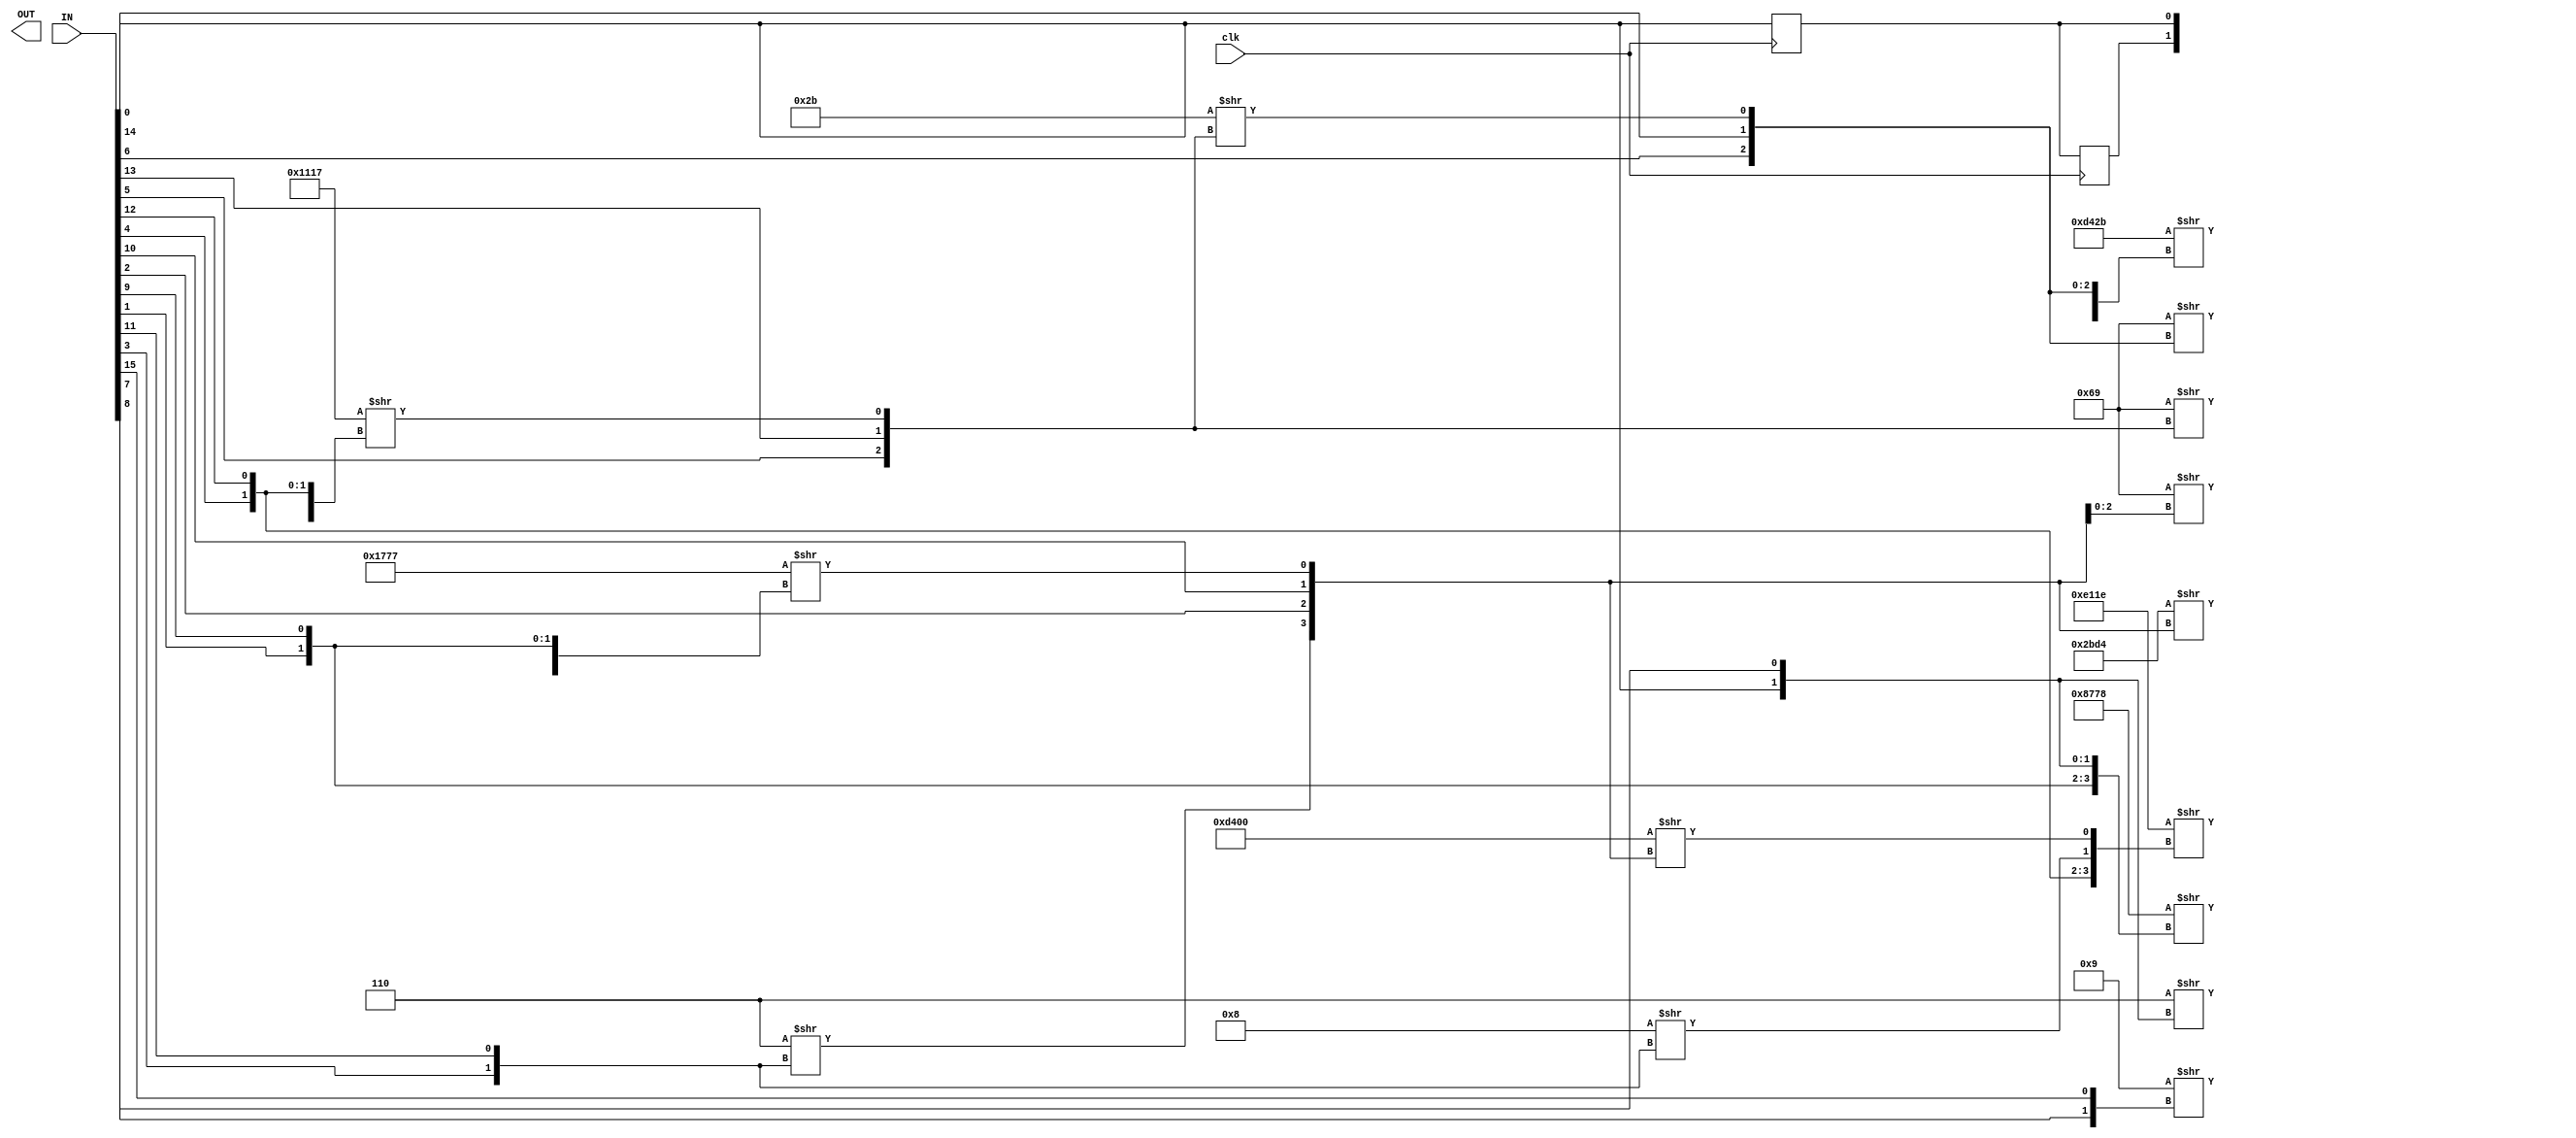
/* Generated by Yosys 0.33 (git sha1 2584903a0, clang 10.0.0-4ubuntu1 -fPIC -Os) */

(* top =  1  *)
(* src = "/soe/pmarlowe/Fabric-to-Silicon/fpga_cad_flow/example_designs/simple_fpga_add_test/inputs/add.v:1.1-29.10" *)
module add(IN, OUT, clk);
  wire _00_;
  wire _01_;
  wire _02_;
  wire _03_;
  wire _04_;
  wire _05_;
  wire _06_;
  (* src = "/soe/pmarlowe/Fabric-to-Silicon/fpga_cad_flow/example_designs/simple_fpga_add_test/inputs/add.v:3.19-3.21" *)
  input [127:0] IN;
  wire [127:0] IN;
  (* src = "/soe/pmarlowe/Fabric-to-Silicon/fpga_cad_flow/example_designs/simple_fpga_add_test/inputs/add.v:4.21-4.24" *)
  output [127:0] OUT;
  wire [127:0] OUT;
  (* src = "/soe/pmarlowe/Fabric-to-Silicon/fpga_cad_flow/example_designs/simple_fpga_add_test/inputs/add.v:10.9-10.11" *)
  reg R0;
  (* src = "/soe/pmarlowe/Fabric-to-Silicon/fpga_cad_flow/example_designs/simple_fpga_add_test/inputs/add.v:10.13-10.17" *)
  reg R0_1;
  (* src = "/soe/pmarlowe/Fabric-to-Silicon/fpga_cad_flow/example_designs/simple_fpga_add_test/inputs/add.v:5.11-5.14" *)
  input clk;
  wire clk;
  assign OUT[39] = 16'hd42b >> { _06_, IN[6], IN[14], _00_ };
  assign _00_ = 8'h2b >> { IN[5], IN[13], _01_ };
  assign _01_ = 16'h1117 >> { _05_, _02_, IN[4], IN[12] };
  assign _02_ = 16'hd400 >> { _04_, IN[2], IN[10], _03_ };
  assign _03_ = 16'h1777 >> { IN[8], IN[0], IN[1], IN[9] };
  assign _04_ = 4'h6 >> { IN[3], IN[11] };
  assign _05_ = 4'h8 >> { IN[3], IN[11] };
  assign _06_ = 4'h9 >> { IN[7], IN[15] };
  assign OUT[32] = 4'h6 >> { IN[0], IN[8] };
  assign OUT[33] = 16'h8778 >> { IN[1], IN[9], IN[0], IN[8] };
  assign OUT[34] = 8'h69 >> { IN[2], IN[10], _03_ };
  assign OUT[35] = 16'h2bd4 >> { _04_, IN[2], IN[10], _03_ };
  assign OUT[36] = 16'he11e >> { IN[4], IN[12], _05_, _02_ };
  assign OUT[37] = 8'h69 >> { IN[5], IN[13], _01_ };
  assign OUT[38] = 8'h69 >> { IN[6], IN[14], _00_ };
  (* src = "/soe/pmarlowe/Fabric-to-Silicon/fpga_cad_flow/example_designs/simple_fpga_add_test/inputs/add.v:22.2-25.5" *)
  always @(posedge clk)
    R0 <= R0_1;
  (* src = "/soe/pmarlowe/Fabric-to-Silicon/fpga_cad_flow/example_designs/simple_fpga_add_test/inputs/add.v:22.2-25.5" *)
  always @(posedge clk)
    R0_1 <= IN[0];
  assign { OUT[127:40], OUT[31:0] } = { 118'hxxxxxxxxxxxxxxxxxxxxxxxxxxxxxx, R0, R0_1 };
endmodule